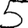
Digit: 5